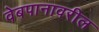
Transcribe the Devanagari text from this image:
वेबपानावरील